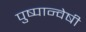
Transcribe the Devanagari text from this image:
पुष्पान्वेषी